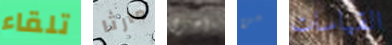
تلقاء مارثا أخرى من القياسات